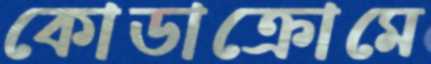
কোডাক্রোমে